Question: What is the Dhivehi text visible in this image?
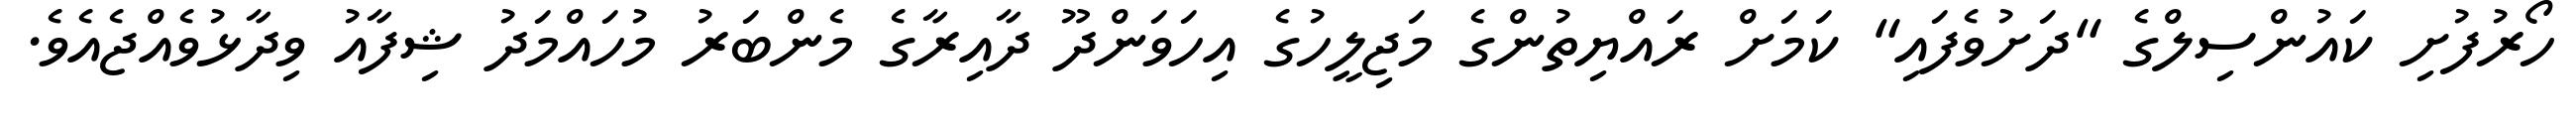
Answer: ހޯރުފުށި ކައުންސިލްގެ "ދަށުވެފައި" ކަމަށް ރައްޔިތުންގެ މަޖިލީހުގެ އިހަވަންދޫ ދާއިރާގެ މެންބަރު މުހައްމަދު ޝިފާއު ވިދާޅުވެއްޖެއެވެ.